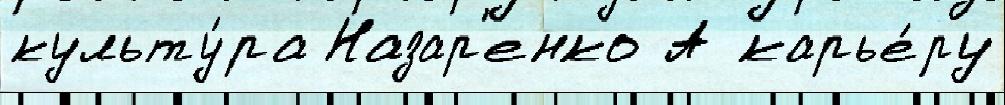
культу́ра Назар'енко А карье́ру